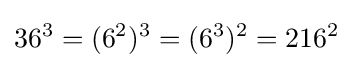
36^{3}=(6^{2})^{3}=(6^{3})^{2}=216^{2}